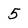
Character: 5